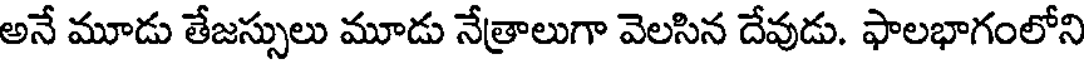
అనే మూడు తేజస్సులు మూడు నేత్రాలుగా వెలసిన దేవుడు. ఫాలభాగంలోని